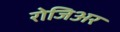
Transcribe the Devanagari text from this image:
रोजिअर